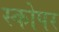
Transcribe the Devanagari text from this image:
स्कोपर